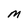
Character: M